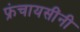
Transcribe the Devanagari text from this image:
फ्रंचायसींनी